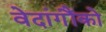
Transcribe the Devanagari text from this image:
वेदांगौंको